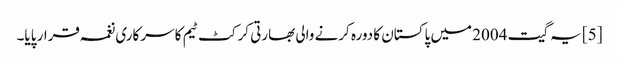
[5] یہ گیت 2004 میں پاکستان کا دورہ کرنے والی بھارتی کرکٹ ٹیم کا سرکاری نغمہ قرار پایا۔